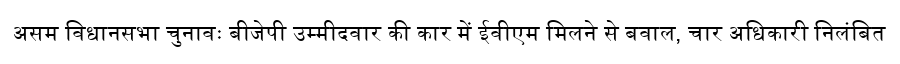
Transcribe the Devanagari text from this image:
असम विधानसभा चुनावः बीजेपी उम्मीदवार की कार में ईवीएम मिलने से बवाल, चार अधिकारी निलंबित